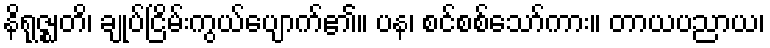
နိရုဇ္ဈတိ၊ ချုပ်ငြိမ်းကွယ်ပျောက်၏။ ပန၊ စင်စစ်သော်ကား။ တာယပညာယ၊